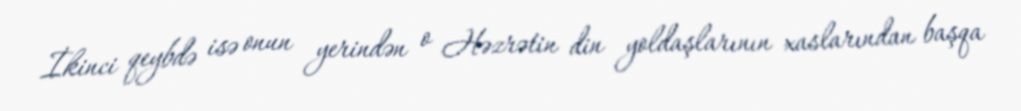
İkinci qeybdə isə onun yerindən o Həzrətin din yoldaşlarının xaslarından başqa